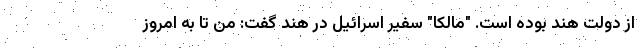
از دولت هند بوده است. "مالکا" سفیر اسرائیل در هند گفت: من تا به امروز